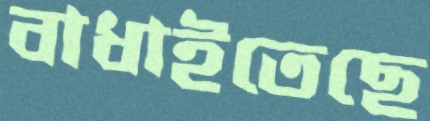
বাধাইতেছে